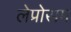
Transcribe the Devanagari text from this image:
लेप्रोसम